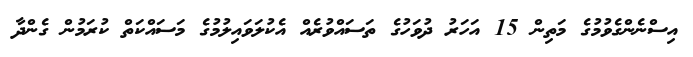
އިސްނެންގެވުމުގެ މަތިން 15 އަހަރު ދުވަހުގެ ތަސައްވުރެއް އެކުލަވައިލުމުގެ މަސައްކަތް ކުރަމުން ގެންދާ